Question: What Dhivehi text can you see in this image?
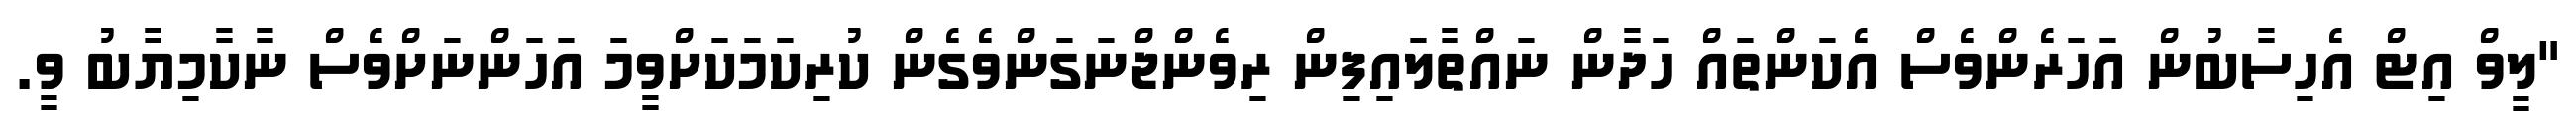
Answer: "ލީވް އިޓް އެހިސާބުން އަހަރެންވެސް އެކަންތައް ހަދާން ނައްތާލައިފިން ރިވެންޖްނަގަންވެގެން ކުރިކަމަކަށްވީމަ އަހަންނަށްވެސް ނާކާމިޔާބު ވީ.